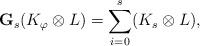
LaTeX: \begin{align*}\mathbf{G}_s(K_{\varphi}\otimes L)=\sum_{i=0}^{s}(K_s\otimes L),\end{align*}